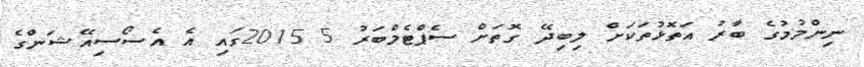
ނިންމުމުގެ ބާރު އަތޮޅުތަކަށް ލިބިދޭ ގޮތަށް ސެޕްޓެމްބަރު 5 2015ގައި އެ އެސޯސިއޭޝަންގެ